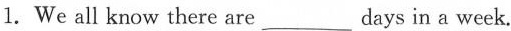
1.We all know there are___days in a week.